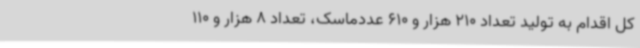
کل اقدام به تولید تعداد 210 هزار و 610 عددماسک، تعداد 8 هزار و 110